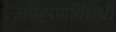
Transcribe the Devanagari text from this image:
अपहरणविरोधी